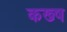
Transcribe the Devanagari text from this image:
कख्ष